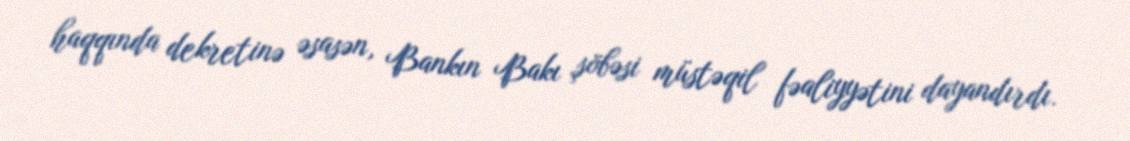
haqqında dekretinə əsasən, Bankın Bakı şöbəsi müstəqil fəaliyyətini dayandırdı.